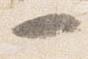
一